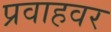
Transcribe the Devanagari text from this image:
प्रवाहवर